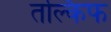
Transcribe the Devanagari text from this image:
तल्किफ